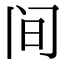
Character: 间